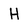
Character: H